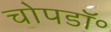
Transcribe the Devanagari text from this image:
चोपडॉ॰